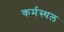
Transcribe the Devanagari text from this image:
कर्मस्थल